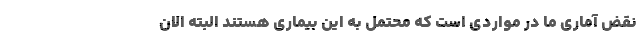
نقض آماری ما در مواردی است که محتمل به این بیماری هستند البته الان